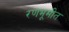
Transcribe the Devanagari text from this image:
रणभूमीत